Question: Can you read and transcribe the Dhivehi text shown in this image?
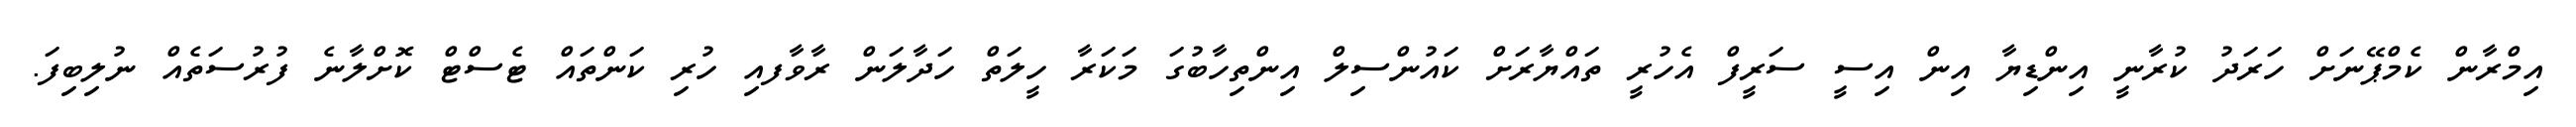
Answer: އިމްރާން ކެމްޕޭނަށް ހަރަދު ކުރާނީ އިންޑިޔާ އިން އިސީ ސަރީފް އެހުރީ ތައްޔާރަށް ކައުންސިލް އިންތިހާބުގަ މަކަރާ ހީލަތް ހަދާލަން ރާވާފއި ހުރި ކަންތައް ޓެސްޓް ކޮށްލާނެ ފުރުސަތެއް ނުލިބިފަ.